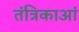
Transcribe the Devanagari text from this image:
तंत्रिकाआं